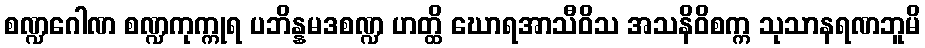
စဏ္ဍဂေါဏ စဏ္ဍကုက္ကုရ ပဘိန္နမဒစဏ္ဍ ဟတ္ထိ ဃောရအာသီဝိသ အသနိဝိစက္က သုသာနရဏဘူမိ